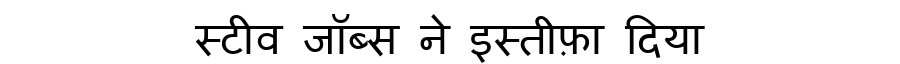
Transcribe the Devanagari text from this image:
स्टीव जॉब्स ने इस्तीफ़ा दिया